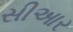
સીઆર